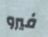
فيرو